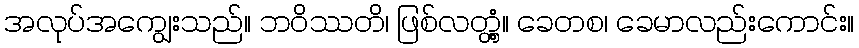
အလုပ်အကျွေးသည်။ ဘဝိဿတိ၊ ဖြစ်လတ္တံ့။ ခေတစ၊ ခေမာလည်းကောင်း။